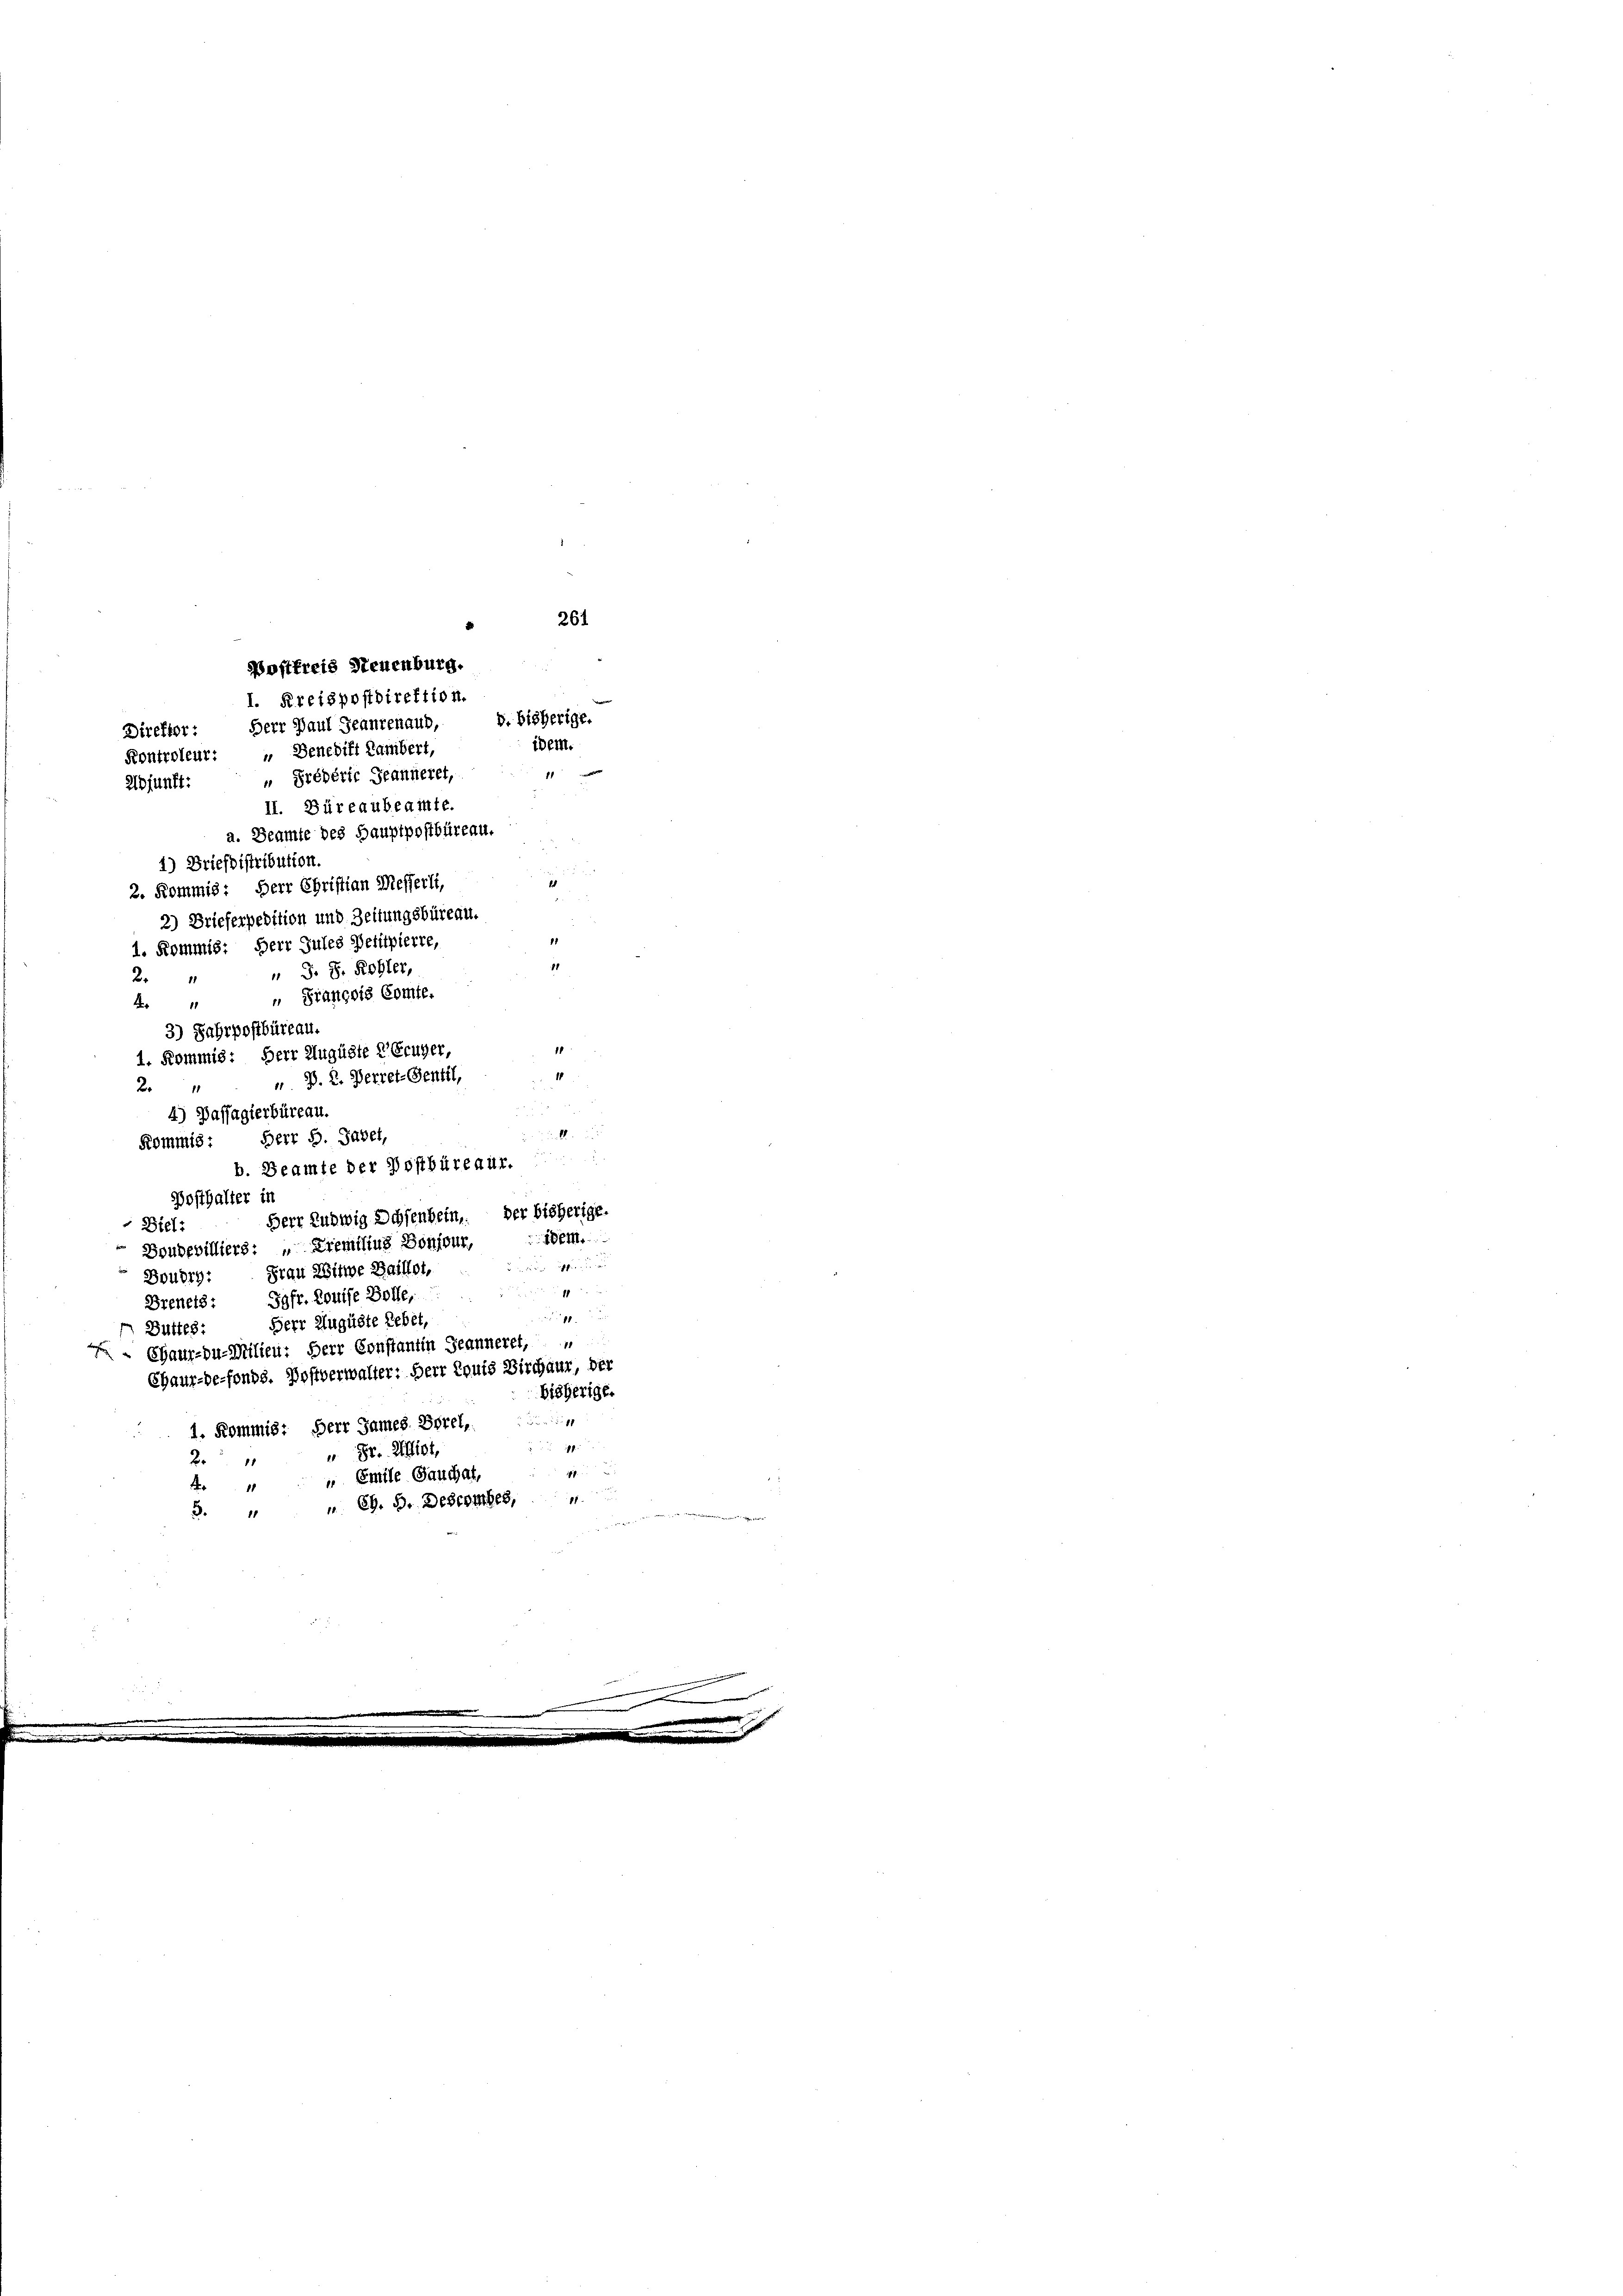
261
Postfreis Steuenburg.
1. Kreispostdirektion.
8. bisherige.
Direktor: Herr Paul Jeantenaud,
idem.
Kontroleur: „Benedikt Lambert,
11
Adjunft: "Prédéric Jeanneret,
II. Büreaubeainte.

1) Briefbistribution.
2. Kommis: Herr Christian Messerli,
2) Brieferpedition und Zeitungsbüreau.
1. Kommis: Herr Jules Defilpierre,
 S. S. Kohler,
2.
" François Comte.
4
3) Fahrpostbüreau.
1. Kommis: Herr Auguste 2 Erüger,
 D. 2. Herret-Sentil,
24
4) Passagierbüreau.
l
Kommis: Herr G. Sabet,
b. Beamte der Dostbüreaur.
Posthalter in
Herr Ludwig Schenbein, der bisherige.
" Biel:
eM.
Doubebilliers: " Fremitius Bonitur,
Frau Witwe Baillet
Boudry-

Jgfr. Louise Bolle,
Breners:
1
Herr Auguste Lebet,
Büttes:
Chaux-du-Milieu: Herr Constantin Jeanneret,
Chaux-de-fonds. Postverwalter: Herr Eruis Birchaur, der
bisherige.
1. Kommis. Herr James. Borel
1
" Sr. Miet,
2
i
4. " Emile Gauchat,
3. " " CG. B. Descember,
rauen Brunnen

11
1

a. Beamte des Hauptpostbüreau.

i